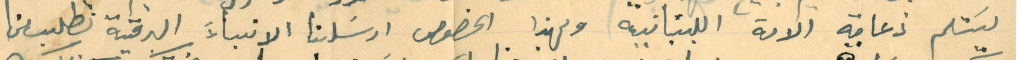
يسَتلم ذعامة الامة اللبنانية وبهذا الخصوص ارسَلنا الانباءَ البرقية نطلب من